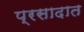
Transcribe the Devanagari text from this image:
प्रसादात